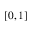
[ 0 , 1 ]